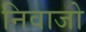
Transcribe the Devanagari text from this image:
निवाजो